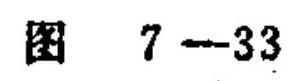
图 \(7 - 33\)